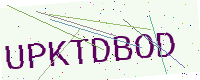
Text: UPKTDBOD